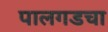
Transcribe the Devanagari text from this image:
पालगडचा